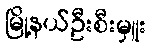
မြို့နယ်ဦးစီးမှူး